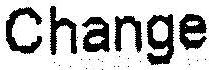
CHANGE